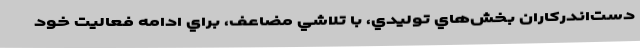
دست‌اندركاران بخش‌هاي توليدي، با تلاشي مضاعف، براي ادامه فعاليت خود